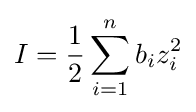
I={\frac {1}{2}}\sum _{{i}=1}^{n}b_{i}z_{i}^{2}